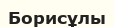
Борисұлы